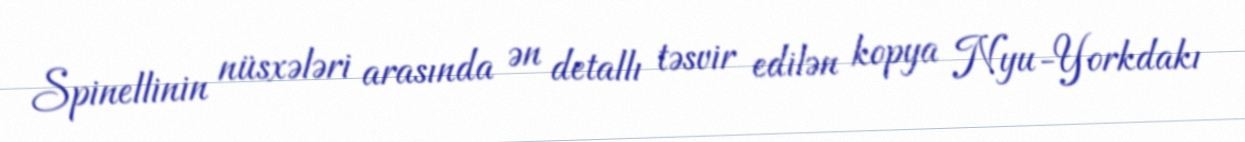
Spinellinin nüsxələri arasında ən detallı təsvir edilən kopya Nyu-Yorkdakı